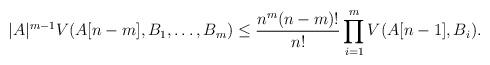
LaTeX: \begin{align*}|A|^{m-1}V(A[n-m],B_1,\dots, B_m)\le\frac{n^m(n-m)!}{n!}\prod_{i=1}^mV(A[n-1],B_i).\end{align*}